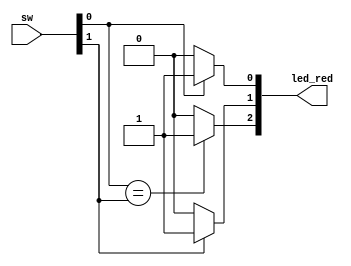
module ex1 (sw,led_red);

input [1:0] sw;
output [3:0] led_red;

assign led_red[0]=( sw[0] ==1)?1'b1:1'b0;

assign led_red[1]=( sw[1] ==1)?1'b1:1'b0;

assign led_red[2]=( sw[0] ==sw[1])?1'b1:1'b0;
endmodule